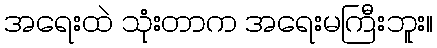
အရေးထဲ သုံးတာက အရေးမကြီးဘူး။